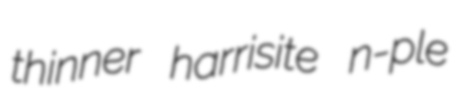
thinner harrisite n-ple